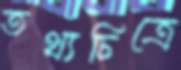
তথ্যচিত্রে